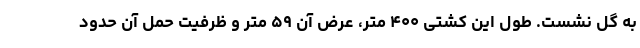
به گل نشست. طول این کشتی ۴۰۰ متر، عرض آن ۵۹ متر و ظرفیت حمل آن حدود